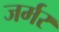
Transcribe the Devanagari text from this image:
जर्मर